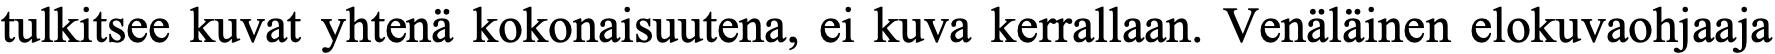
tulkitsee kuvat yhtenä kokonaisuutena, ei kuva kerrallaan. Venäläinen elokuvaohjaaja